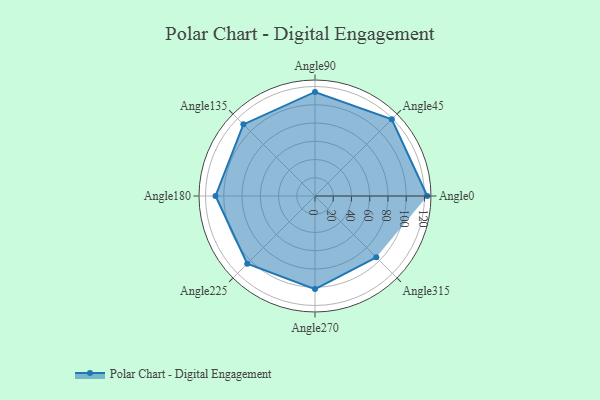
{"axis": {"x": "Angle", "y": "Radius"}, "legend": [""], "data": [{"x": "Angle0", "y": 123.0, "type": ""}, {"x": "Angle45", "y": 119.0, "type": ""}, {"x": "Angle90", "y": 114.0, "type": ""}, {"x": "Angle135", "y": 111.0, "type": ""}, {"x": "Angle180", "y": 109.0, "type": ""}, {"x": "Angle225", "y": 105.0, "type": ""}, {"x": "Angle270", "y": 102.0, "type": ""}, {"x": "Angle315", "y": 95.0, "type": ""}]}